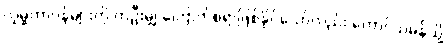
လူမှုတာဝန်များကို တဦးမျှ ကြောက်စရာဖြစ်နိုင်သော်လည်း တောင်သမန်သို့